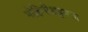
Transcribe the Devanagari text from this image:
मोहिनीअट्टमचा